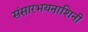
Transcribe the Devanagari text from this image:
संसारभयनाशिनी